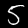
Label: 5